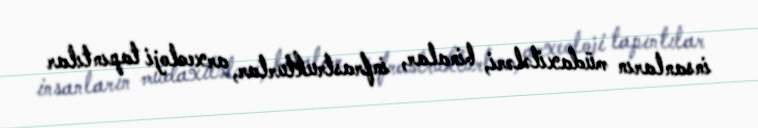
insanların müdaxilələri, binalar, infrastrukturlar, arxeoloji tapıntılar